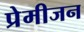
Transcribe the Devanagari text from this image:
प्रेमीजन